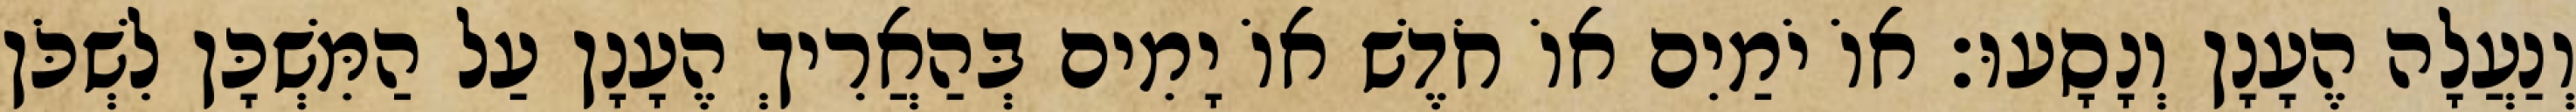
וְנַעֲלָה הֶעָנָן וְנָסָעוּ׃ אוֹ יֹמַיִם אוֹ חֹדֶשׁ אוֹ יָמִים בְּהַאֲרִיךְ הֶעָנָן עַל הַמִּשְׁכָּן לִשְׁכֹּן